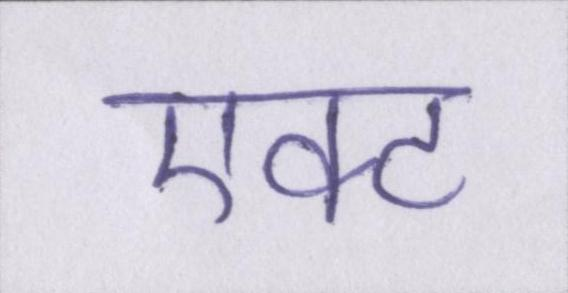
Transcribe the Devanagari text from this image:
एक्ट